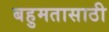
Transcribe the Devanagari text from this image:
बहुमतासाठी